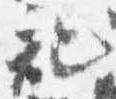
記